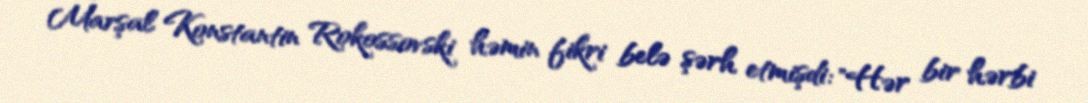
Marşal Konstantin Rokossovski həmin fikri belə şərh etmişdi: "Hər bir hərbi